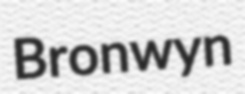
Bronwyn